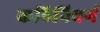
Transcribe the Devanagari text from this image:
कठिनिवर्ग